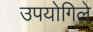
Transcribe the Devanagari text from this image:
उपयोगिले